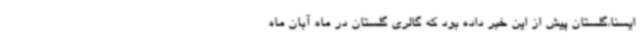
ایسنا،گلستان پیش از این خبر داده بود که گالری گلستان در ماه آبان ماه